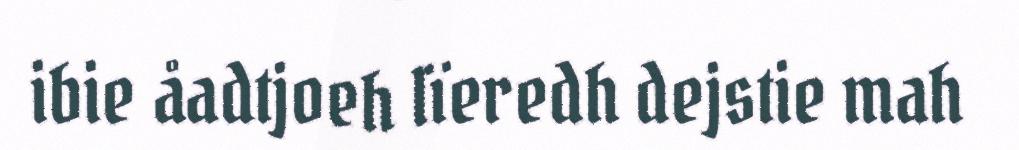
ibie åadtjoeh lïeredh dejstie mah